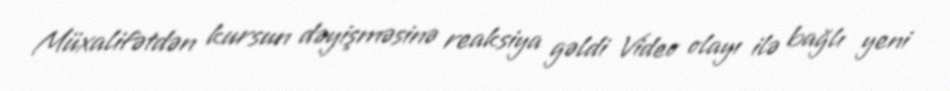
Müxalifətdən kursun dəyişməsinə reaksiya gəldi Video olayı ilə bağlı yeni